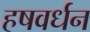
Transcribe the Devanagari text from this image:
हषवर्धन